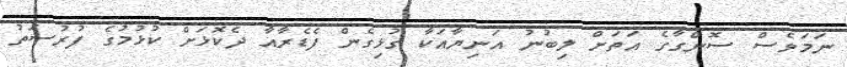
ނަމަވެސް ސޮންގާގެ އަތަށް ލިބުނު އަނިޔާއަކާ ގުޅިގެން ފެޑެރާއާ ދެކޮޅަށް ކުޅުމުގެ ފުރުސަތު